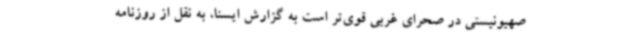
صهیونیستی در صحرای غربی‌ قوی‌تر است به گزارش ایسنا، به نقل از روزنامه